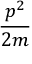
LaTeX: \frac { p ^ { 2 } } { 2 m }